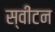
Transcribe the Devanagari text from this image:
स्वींटन